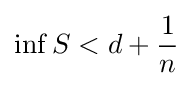
\inf S<d+{\frac {1}{n}}